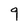
Character: 9